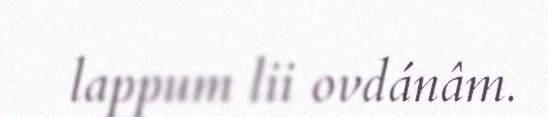
lappum lii ovdánâm.